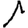
Digit: 1